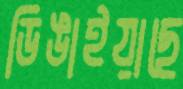
ডিঙাইয়াছে